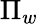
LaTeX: \Pi_{w}